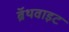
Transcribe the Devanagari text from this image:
ब्रॅथवाइट